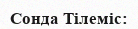
Сонда Тілеміс: